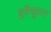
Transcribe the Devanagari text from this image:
इर्रेग्यूलर